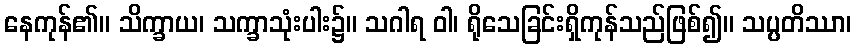
နေကုန်၏။ သိက္ခာယ၊ သက္ခာသုံးပါး၌။ သဂါရ ဝါ၊ ရိုသေခြင်းရှိကုန်သည်ဖြစ်၍။ သပ္ပတိဿာ၊